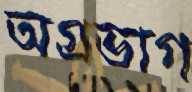
অগ্রভাগ